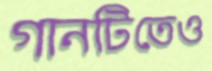
গানটিতেও